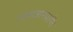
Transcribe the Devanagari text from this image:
आत्मज्ञानप्राप्ति